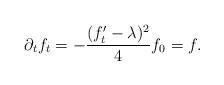
LaTeX: \begin{align*}\partial_{t}f_{t}=-\frac{(f_{t}'-\lambda)^{2}}{4} f_{0}=f.\end{align*}